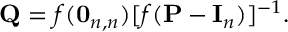
\mathbf { Q } = f ( \mathbf { 0 } _ { n , n } ) [ f ( \mathbf { P } - \mathbf { I } _ { n } ) ] ^ { - 1 } .